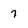
Character: 7